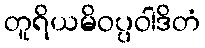
တူရိယမိဝပ္ပဝါဒိတံ